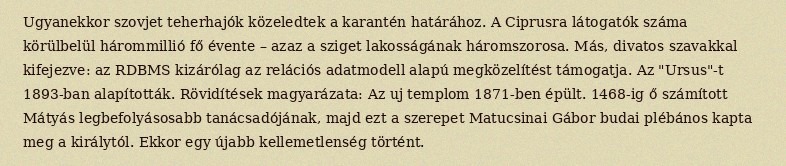
Ugyanekkor szovjet teherhajók közeledtek a karantén határához. A Ciprusra látogatók száma körülbelül hárommillió fő évente – azaz a sziget lakosságának háromszorosa. Más, divatos szavakkal kifejezve: az RDBMS kizárólag az relációs adatmodell alapú megközelítést támogatja. Az "Ursus"-t 1893-ban alapították. Rövidítések magyarázata: Az uj templom 1871-ben épült. 1468-ig ő számított Mátyás legbefolyásosabb tanácsadójának, majd ezt a szerepet Matucsinai Gábor budai plébános kapta meg a királytól. Ekkor egy újabb kellemetlenség történt.